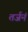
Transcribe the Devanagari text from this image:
तर्जनं